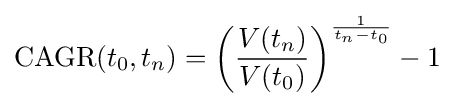
\mathrm {CAGR} (t_{0},t_{n})=\left({\frac {V(t_{n})}{V(t_{0})}}\right)^{\frac {1}{t_{n}-t_{0}}}-1